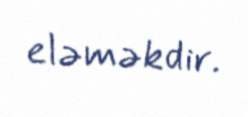
eləməkdir.